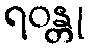
ရဝန္တု